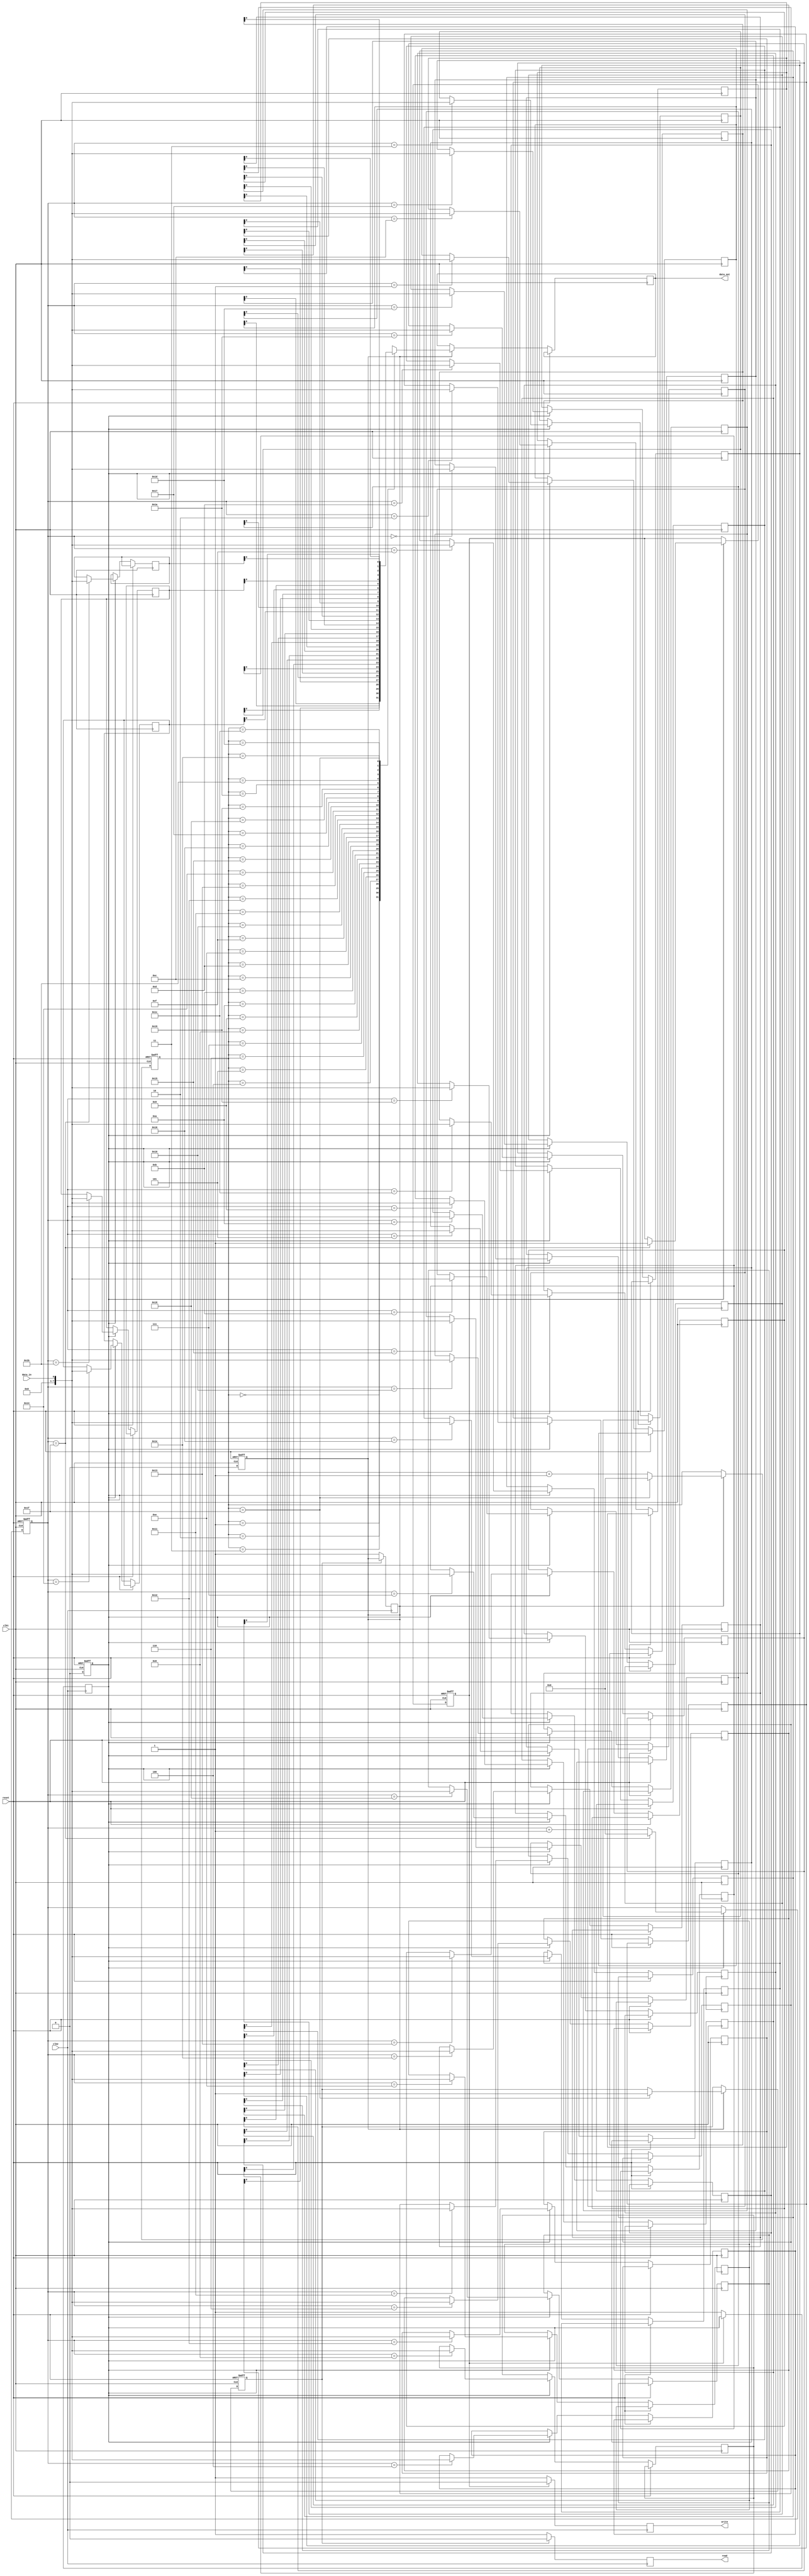
module asynchronous_fifo_synchronizer(
    input wire clk1,
    input wire clk2,
    input wire reset,
    input wire data_in,
    output wire data_out,
    output wire read,
    output wire write
);

reg [7:0] fifo [0:31];
reg [4:0] read_ptr;
reg [4:0] write_ptr;
reg read_empty;
reg read_en;
reg write_full;
reg write_en;

always @(posedge clk1 or posedge reset) begin
    if (reset) begin
        read_ptr <= 5'b0;
        write_ptr <= 5'b0;
        read_empty <= 1'b1;
        read_en <= 1'b0;
        write_full <= 1'b0;
        write_en <= 1'b0;
    end else begin
        if (read_en) begin
            data_out <= fifo[read_ptr];
            if (read_ptr == 31) begin
                read_ptr <= 5'b0;
                read_empty <= 1'b1;
            end else begin
                read_ptr <= read_ptr + 5'b1;
            end
            read_en <= 1'b0;
        end
        
        if (write_en) begin
            fifo[write_ptr] <= data_in;
            if (write_ptr == 31) begin
                write_ptr <= 5'b0;
                write_full <= 1'b1;
            end else begin
                write_ptr <= write_ptr + 5'b1;
            end
            write_en <= 1'b0;
        end
    end
end

always @(posedge clk2) begin
    if (!read_empty) begin
        read <= 1'b1;
        read_en <= 1'b1;
    end else begin
        read <= 1'b0;
    end
    
    if (!write_full) begin
        write <= 1'b1;
        write_en <= 1'b1;
    end else begin
        write <= 1'b0;
    end
end

endmodule